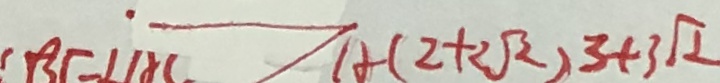
B E = \angle A C A ( 2 + 2 \sqrt { 2 } ) 3 + 3 \sqrt { 2 }